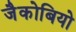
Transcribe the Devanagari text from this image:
जैकोबियो